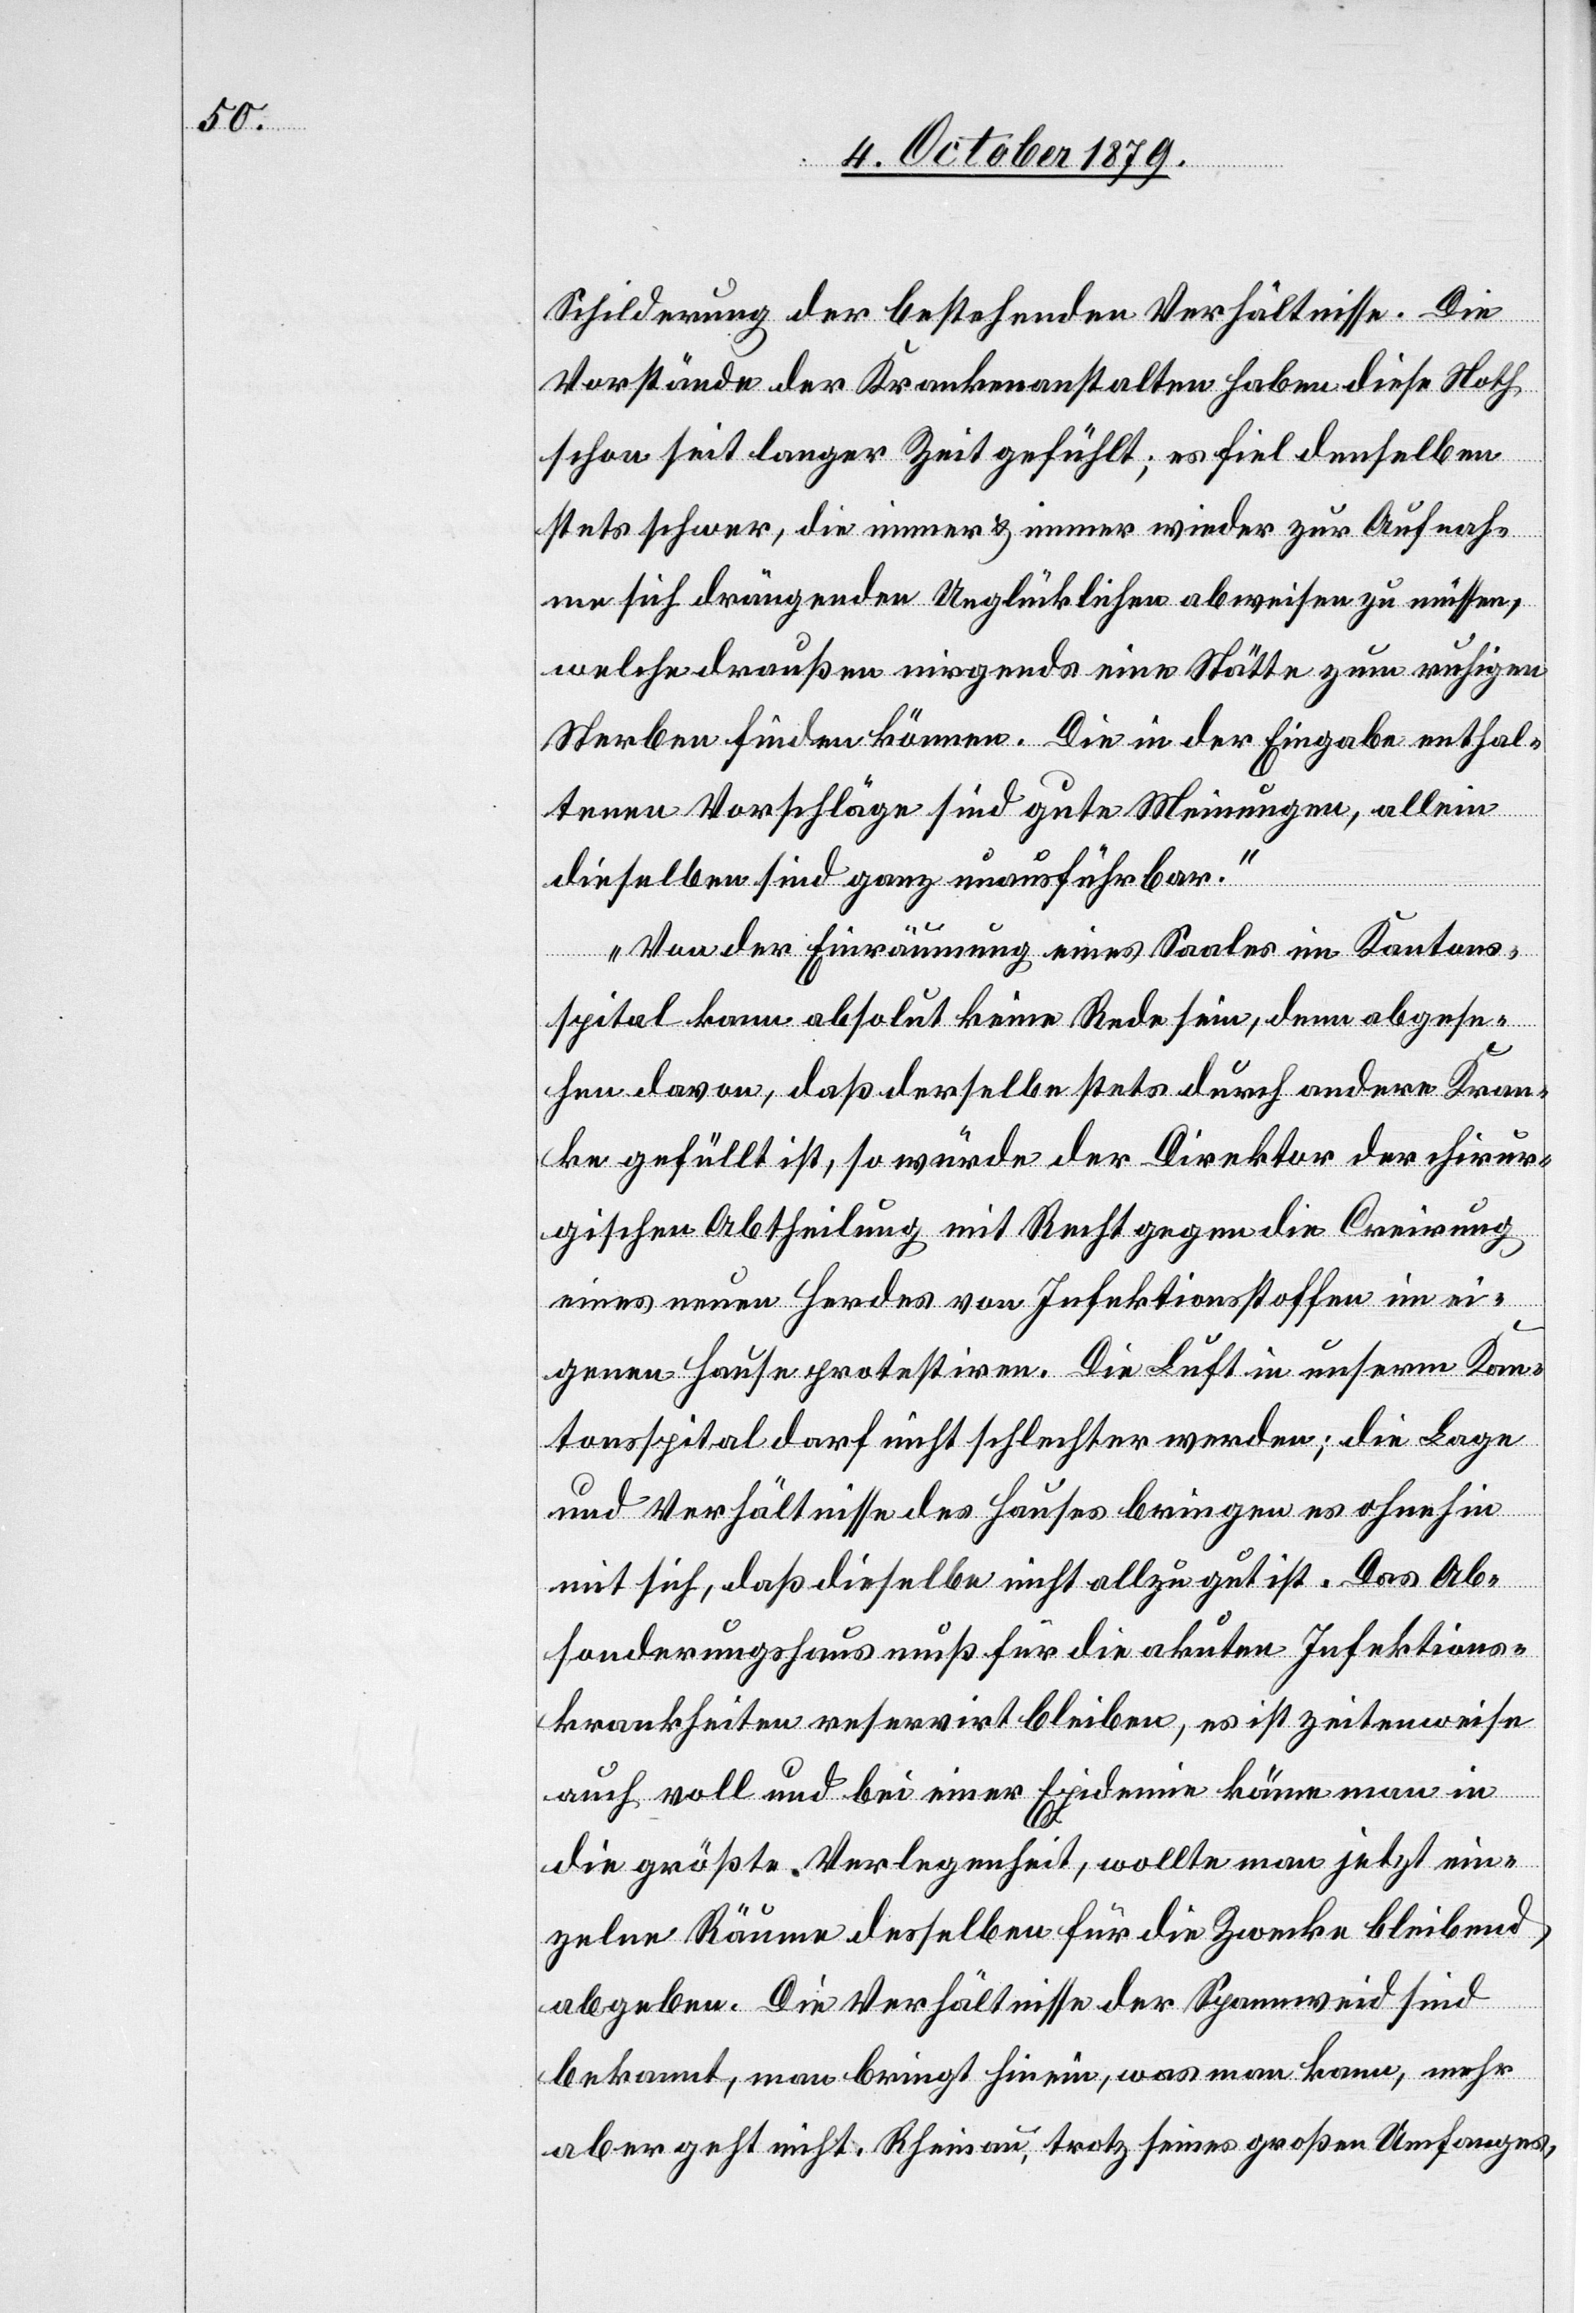
Schilderung der bestehenden Verhältnisse. Die
Vorstände der Krankenanstalten haben diese Noth
schon seit langer Zeit gefühlt; es fiel denselben
stets schwer, die immer & immer wieder zur Aufnah¬
me sich drängenden Unglücklichen abweisen zu müssen,
welche draußen nirgends eine Stätte zum ruhigen
Sterben finden können. Die in der Eingabe enthal¬
tenen Vorschläge sind gute Meinungen, allein
dieselben sind ganz unausführbar.
Von der Einräumung eines Saales im Kantons¬
spital kann absolut keine Rede sein, denn abgese¬
hen davon, daß derselbe stets durch andere Kran¬
ke gefüllt ist, so würde der Direktor der chirur¬
gischen Abteilung mit Recht gegen die Creirung
eines neuen Herdes von Infektionsstoffen im ei¬
genen Hause protestiren. Die Luft in unserm Kan¬
tonsspital darf nicht schlechter werden; die Lage
und Verhältnisse des Hauses bringen es ohnehin
mit sich, daß dieselbe nicht allzu gut ist. Das Ab¬
sonderungshaus muß für die akuten Infektions¬
krankheiten reservirt bleiben, es ist zeitenweise
auch voll und bei einer Epidemie käme man in
die größte Verlegenheit, wollte man jetzt ein¬
zelne Räume derselben für die Zwecke bleibend
abgeben. Die Verhältnisse der Spannweid sind
bekannt, man bringt hinein, was man kann, mehr
aber geht nicht. Rheinau, trotz seines großen Umfanges,